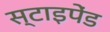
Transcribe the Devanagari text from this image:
स्टाइपेंड